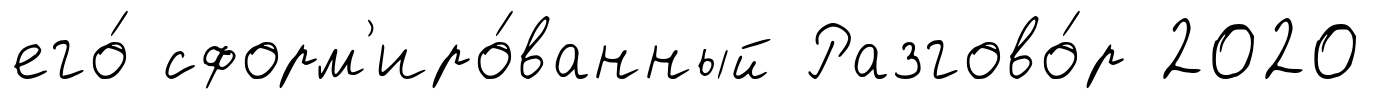
его́ сформ'иро́ванный Разгово́р 2020